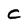
Character: C